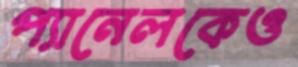
প্যানেলকেও